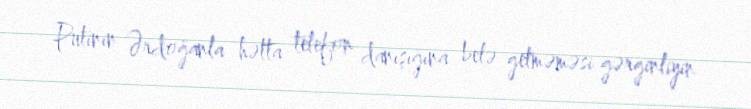
Putinin Ərdoğanla hətta telefon danışığına belə getməməsi gərginliyin